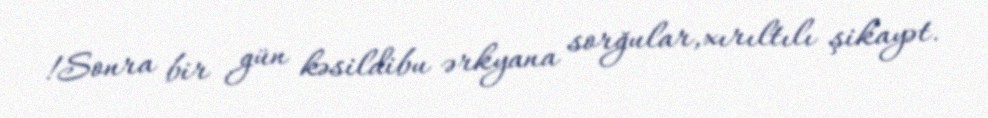
!Sonra bir gün kəsildibu ərkyana sorğular,xırıltılı şikayət.